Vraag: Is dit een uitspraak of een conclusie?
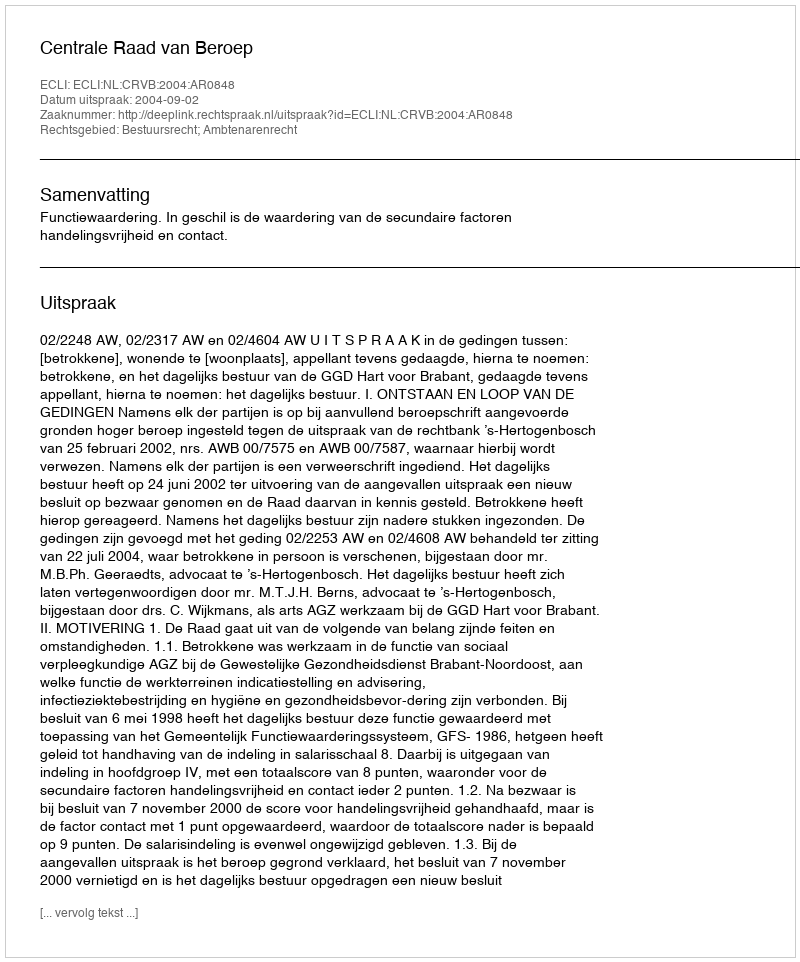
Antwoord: Uitspraak